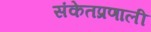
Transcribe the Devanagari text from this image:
संकेतप्रणाली